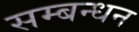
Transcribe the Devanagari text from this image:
सम्बन्धन